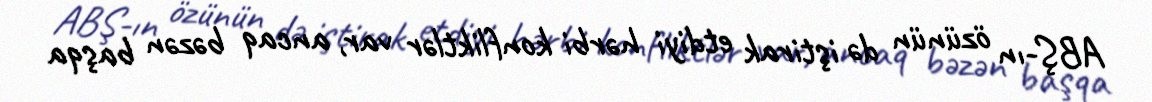
ABŞ-ın özünün də iştirak etdiyi hərbi konfliktlər var, ancaq bəzən başqa